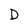
Character: D